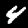
Digit: 4